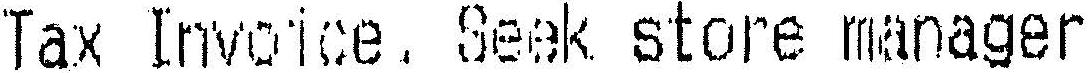
TAX INVOICE , SEEK STORE MANAGER